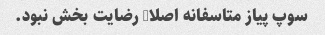
سوپ پیاز متاسفانه اصلا" رضایت بخش نبود.